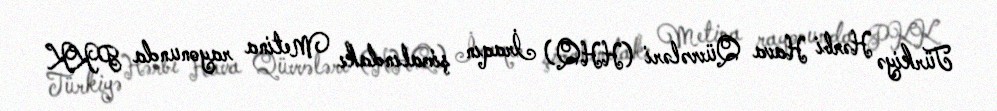
Türkiyə Hərbi Hava Qüvvələri (HHQ) İraqın şimalındakı Metina rayonunda PKK